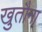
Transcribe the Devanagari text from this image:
खुतौना